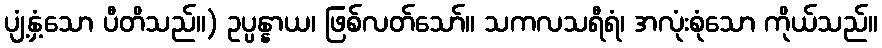
ပျံ့နှံ့သော ပီတိသည်။) ဥပ္ပန္နာယ၊ ဖြစ်လတ်သော်။ သကလသရီရံ၊ အလုံးစုံသော ကိုယ်သည်။